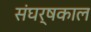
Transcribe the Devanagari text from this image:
संघर्षकाल